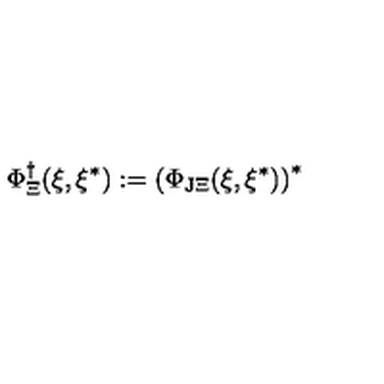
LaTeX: \Phi _ { \Xi } ^ { \dagger } ( \xi , \xi ^ { * } ) : = \left( \Phi _ { \mathrm { J } \Xi } ( \xi , \xi ^ { * } ) \right) ^ { * }